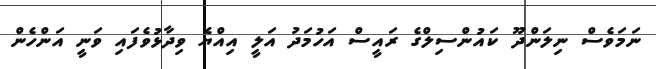
ނަމަވެސް ނިލަންދޫ ކައުންސިލްގެ ރައީސް އަހުމަދު އަލީ އިއްޔެ ވިދާޅުވެފައި ވަނީ އަންހެން